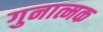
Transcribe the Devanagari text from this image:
गुनात्मक